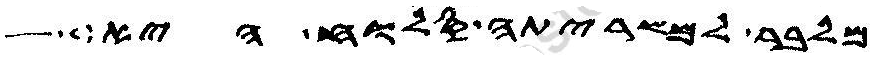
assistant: מלבר למשריתה סלוח היא